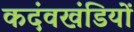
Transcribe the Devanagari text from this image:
कदंवखंडियों